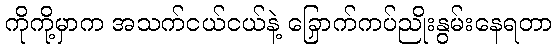
ကိုကို့မှာက အသက်ငယ်ငယ်နဲ့ ခြောက်ကပ်ညှိုးနွမ်းနေရတာ